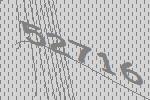
52716